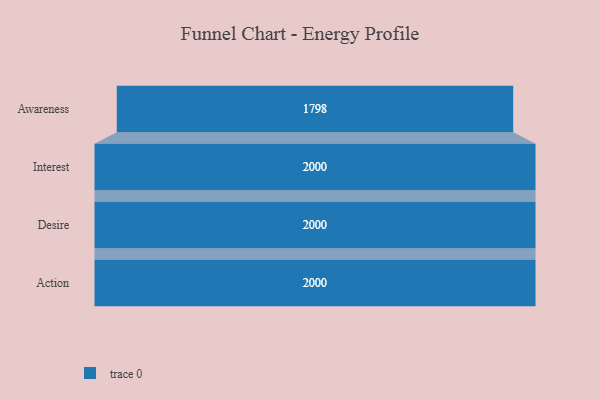
{"axis": {"x": "Stage", "y": "Value"}, "legend": [""], "data": [{"x": "Awareness", "y": 1798.0, "type": ""}, {"x": "Interest", "y": 2000.0, "type": ""}, {"x": "Desire", "y": 2000, "type": ""}, {"x": "Action", "y": 2000, "type": ""}]}